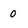
Character: 0